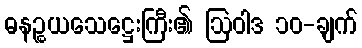
ဓနဉ္စယသေဋ္ဌေးကြီး၏ ဩဝါဒ ၁၀-ချက်